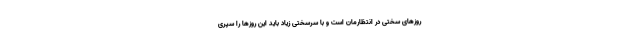
روزهای سختی در انتظارمان است و با سرسختی زیاد باید این روزها را سپری